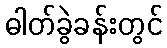
ဓါတ်ခွဲခန်းတွင်